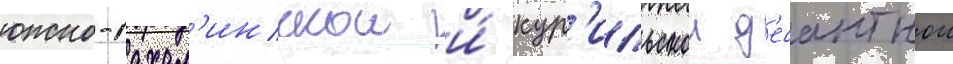
южно-сахал'инскои и́ кур'ильскои д'есантнои